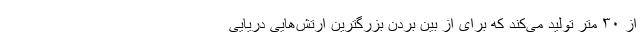
از ۳۰ متر تولید می‌کند که برای از بین بردن بزرگترین ارتش‌هایی دریایی